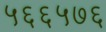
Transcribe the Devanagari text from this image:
५६६५७६